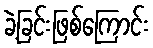
ခဲ့ခြင်းဖြစ်ကြောင်း